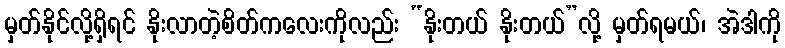
မှတ်နိုင်လို့ရှိရင် နိုးလာတဲ့စိတ်ကလေးကိုလည်း “နိုးတယ် နိုးတယ်”လို့ မှတ်ရမယ်၊ အဲဒါကို